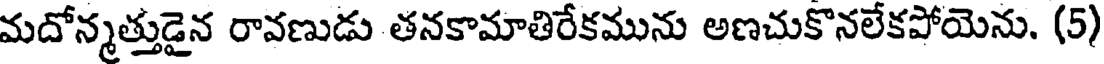
మదోన్మత్తుడైన రావణుడు తనకామాతిరేకమును అణచుకొనలేకపోయెను. (5)